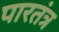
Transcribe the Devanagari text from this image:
पारतंत्र